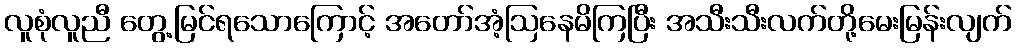
လူစုံလူညီ တွေ့မြင်ရသောကြောင့် အတော်အံ့ဩနေမိကြပြီး အသီးသီးလက်တို့မေးမြန်းလျက်